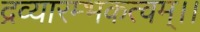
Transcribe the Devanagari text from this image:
द्रव्यारम्भकत्वम्।।